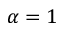
\alpha = 1